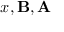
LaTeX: x , \mathbf { B } , \mathbf { A }